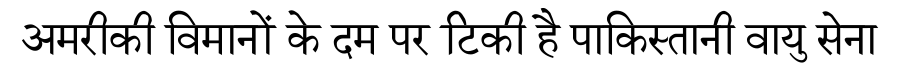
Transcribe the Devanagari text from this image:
अमरीकी विमानों के दम पर टिकी है पाकिस्तानी वायु सेना